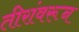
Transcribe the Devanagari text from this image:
तीरांवरून